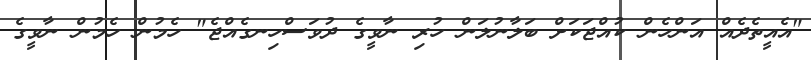
"އެއީތެދެއް އަންހެން ކުއްޖަކަށް ބަލާނުލަން ހުރި ނާވީގެ ދުވަސްހިނގެއްޖެ" ހެމުން ހެމުން ނާވީގެ